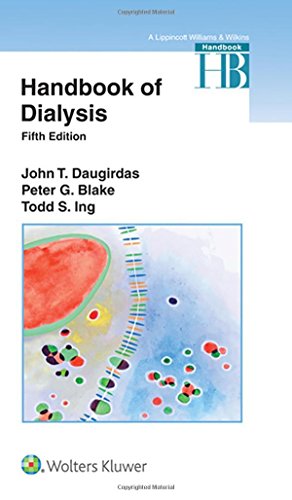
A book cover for Handbook of Dialysis; John T. Daugirdas MD; Medical Books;